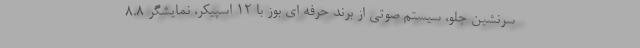
سرنشین جلو، سیستم صوتی از برند حرفه ای بوز با 12 اسپیکر، نمایشگر 8.8